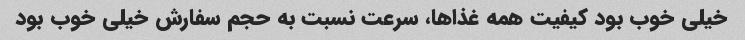
خیلی خوب بود کیفیت همه غذاها، سرعت نسبت به حجم سفارش خیلی خوب بود